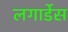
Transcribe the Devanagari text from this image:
लगार्डेस